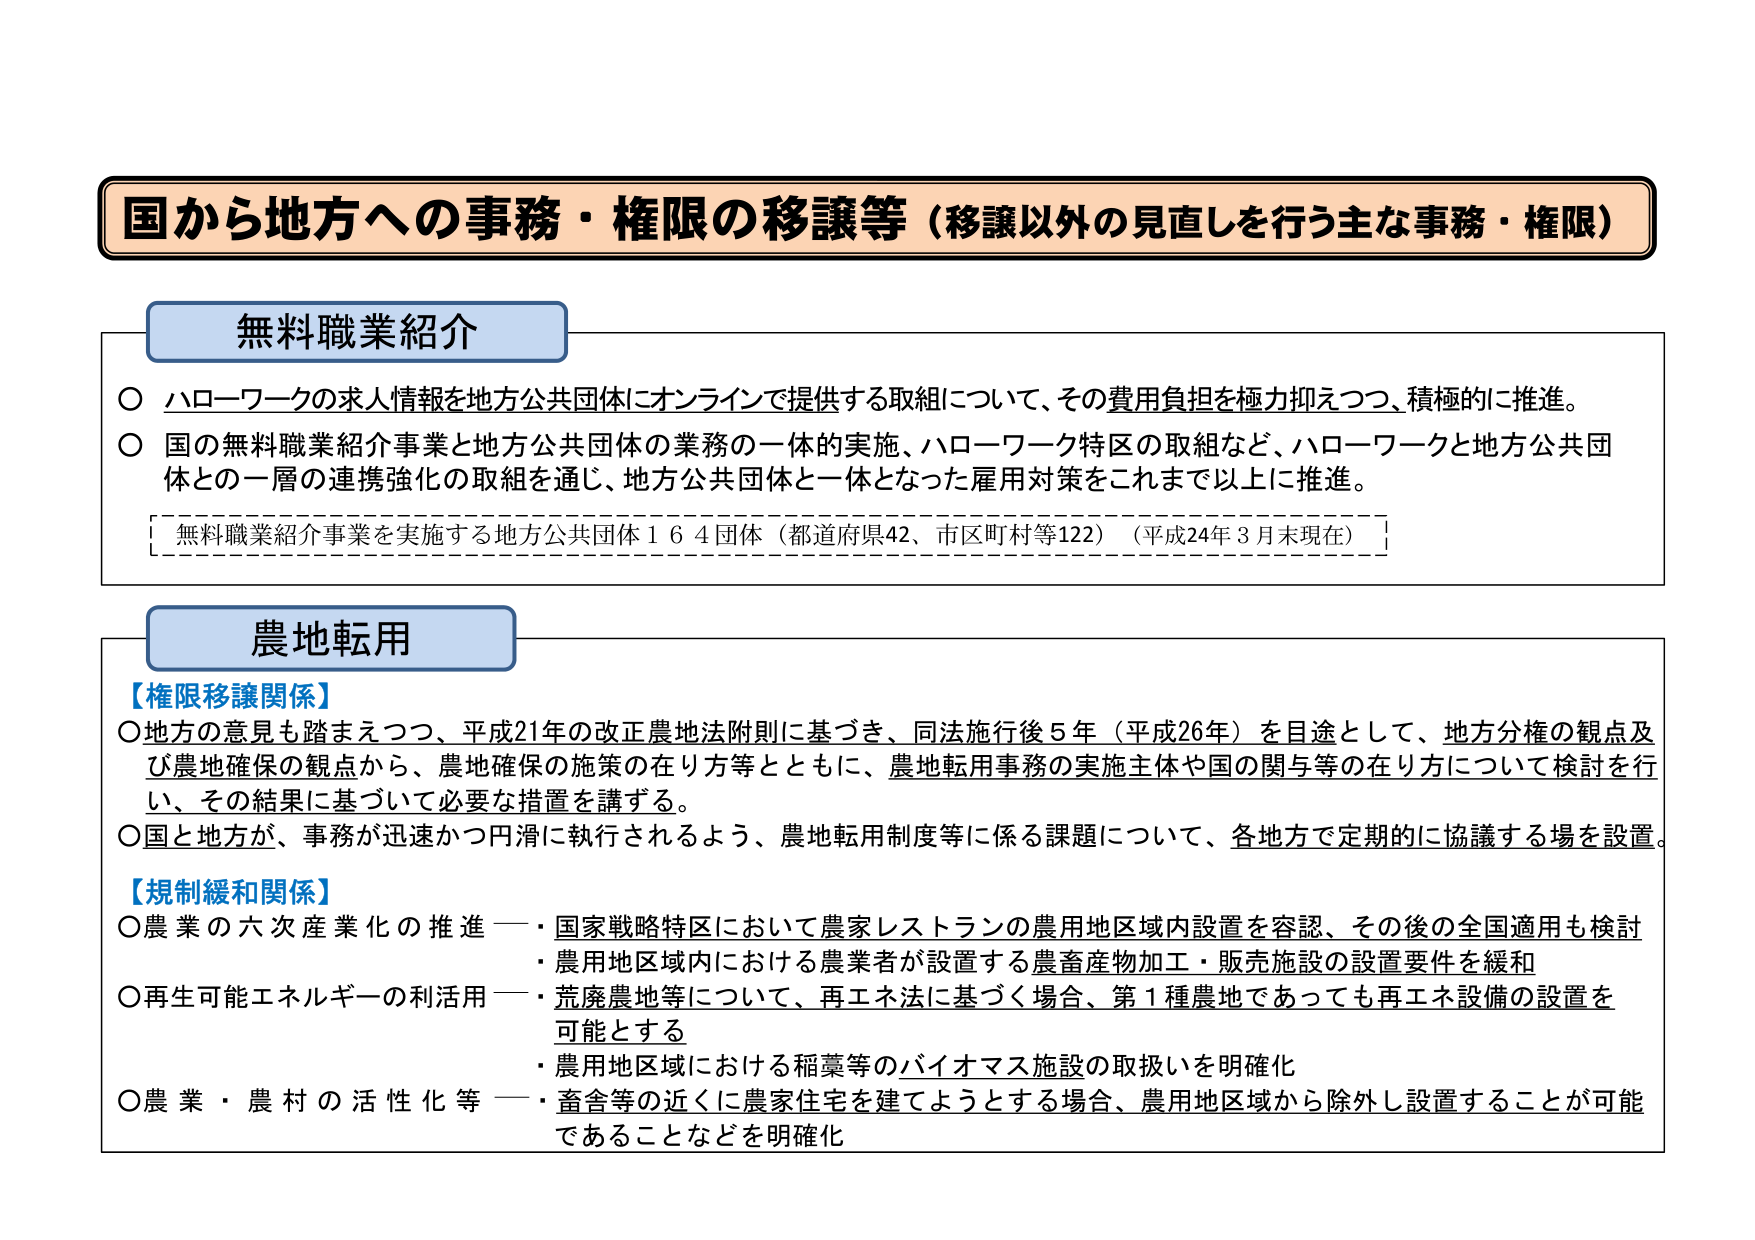
国から地方への事務・権限の移譲等（移譲以外の見直しを行う主な事務・権限）

無料職業紹介
○ ハローワークの求人情報を地方公共団体にオンラインで提供する取組について、その費用負担を極力抑えつつ、積極的に推進。
○ 国の無料職業紹介事業と地方公共団体の業務の一体的実施、ハローワーク特区の取組など、ハローワークと地方公共団体との一層の連携強化の取組を通じ、地方公共団体と一体となった雇用対策をこれまで以上に推進。
　［無料職業紹介事業を実施する地方公共団体１６４団体（都道府県42、市区町村等122）（平成24年３月末現在）］

農地転用
【権限移譲関係】
○ 地方の意見も踏まえつつ、平成21年の改正農地法附則に基づき、同法施行後５年（平成26年）を目途として、地方分権の観点及び農地確保の観点から、農地確保の施策の在り方等とともに、農地転用事務の実施主体や国の関与等の在り方について検討を行い、その結果に基づいて必要な措置を講ずる。
○ 国と地方が、事務が迅速かつ円滑に執行されるよう、農地転用制度等に係る課題について、各地方で定期的に協議する場を設置。

【規制緩和関係】
○ 農業の六次産業化の推進 —・国家戦略特区において農家レストランの農用地区域内設置を容認、その後の全国適用も検討
　・農用地区域内における農業者が設置する農畜産物加工・販売施設の設置要件を緩和
○ 再生可能エネルギーの利活用 —・荒廃農地等について、再エネ法に基づく場合、第１種農地であっても再エネ設備の設置を可能とする
　・農用地区域における稲藁等のバイオマス施設の取扱いを明確化
○ 農業・農村の活性化等 —・畜舎等の近くに農家住宅を建てようとする場合、農用地区域から除外し設置することが可能であることなどを明確化